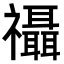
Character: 𮂨